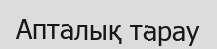
Апталық тарау